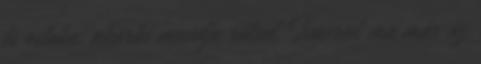
és ostoba, akárki mondja rólad. Ismered ma már az